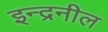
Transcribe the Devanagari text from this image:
इन्द्रनील